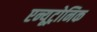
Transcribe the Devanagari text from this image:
एन्यूट्रोनिक